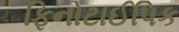
ફિનોટાઈપિક